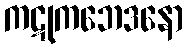
ကဋုကဘေဒနော